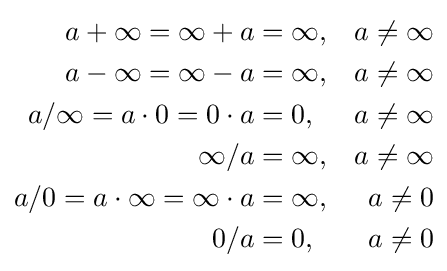
{\begin{aligned}a+\infty =\infty +a&=\infty ,&a\neq \infty \\a-\infty =\infty -a&=\infty ,&a\neq \infty \\a/\infty =a\cdot 0=0\cdot a&=0,&a\neq \infty \\\infty /a&=\infty ,&a\neq \infty \\a/0=a\cdot \infty =\infty \cdot a&=\infty ,&a\neq 0\\0/a&=0,&a\neq 0\end{aligned}}